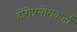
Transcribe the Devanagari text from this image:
होंगेप्रयोगकर्ता